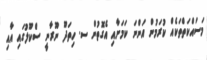
މަސައްކަތްތަކެއް ކުރަމުން އަންނަ ކަމަށާއި އެގޮތުން ސ. ހިތަދޫ ނޫރާނީ ސްކޫލުގައި އާއި